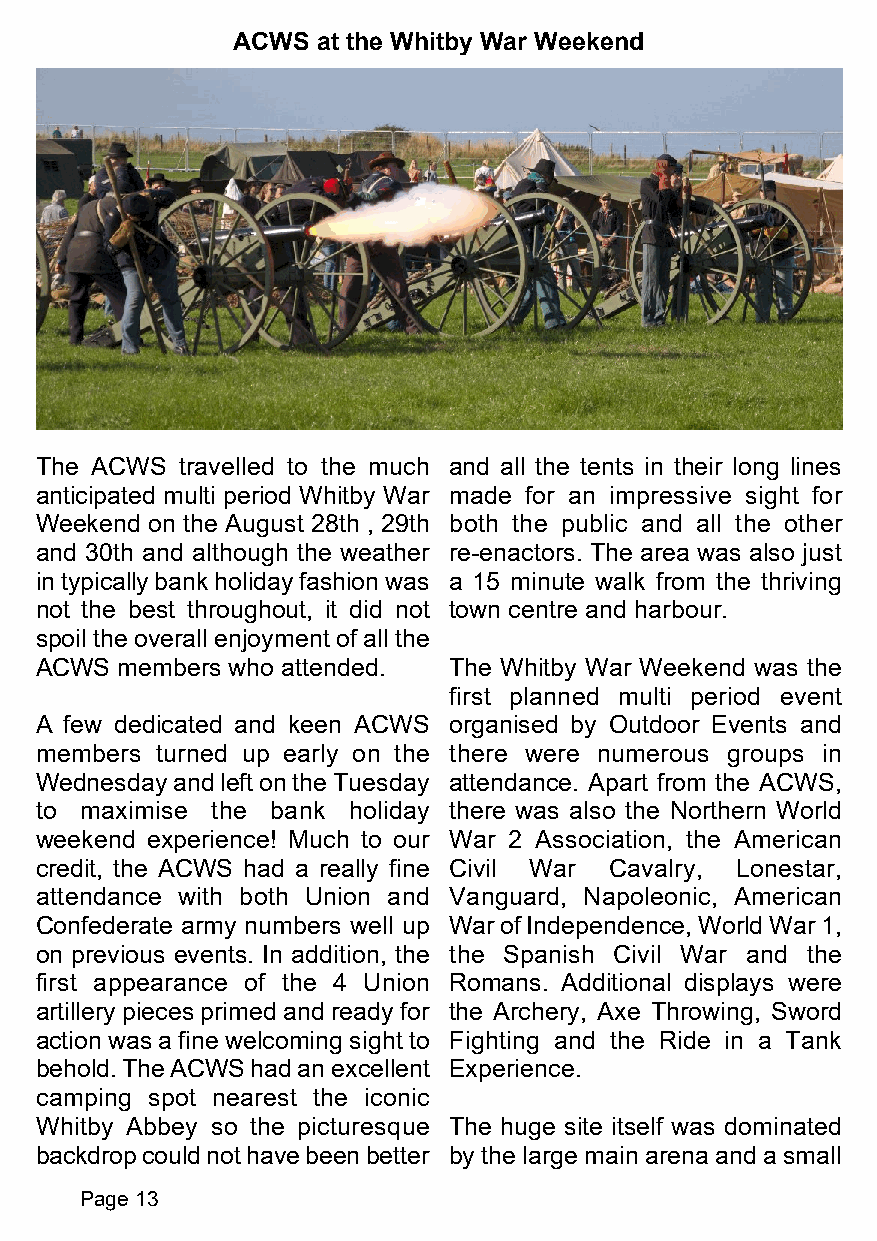
ACWS  at the Whitby War Weekend
 The ACWS  travelled to the much and all the tents in their long lines
 anticipated multi period Whitby War made for an impressive sight for
 Weekend on the August 28th , 29th both the public and all the other
 and 30th and although the weather re-enactors. The area was also just
 in typically bank holiday fashion was a 15 minute walk from the thriving
 not the best throughout, it did not town centre and harbour.
 spoil the overall enjoyment of all the
 ACWS  members who attended. The Whitby War Weekend was the
 first planned multi period event
 A few dedicated and keen ACWS organised by Outdoor Events and
 members turned up early on the there were numerous groups in
 Wednesday and left on the Tuesday attendance. Apart from the ACWS,
 to maximise the bank holiday there was also the Northern World
 weekend experience! Much to our War 2 Association, the American
 credit, the ACWS had a really fine Civil War Cavalry, Lonestar,
 attendance with both Union and Vanguard, Napoleonic, American
 Confederate army numbers well up War of Independence, World War 1,
 on previous events. In addition, the the Spanish Civil War and the
 first appearance of the 4 Union Romans. Additional displays were
 artillery pieces primed and ready for the Archery, Axe Throwing, Sword
 action was a fine welcoming sight to Fighting and the Ride in a Tank
 behold. The ACWS had an excellent Experience.
 camping spot nearest the iconic
 Whitby Abbey so the picturesque The huge site itself was dominated
 backdrop could not have been better by the large main arena and a small
 Page 13